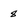
Character: 8